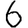
Digit: 6